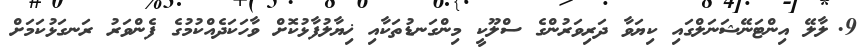
9.	ލާލޭ އިންޓަނޭޝަނަލްގައި ކިޔަވާ ދަރިވަރުންގެ ސްލޫކީ މިންގަނޑުތަކާއި ޚިޔާލުފާޅުކޮށް ވާހަކަދެއްކުމުގެ ފެންވަރު ރަނގަޅުކަމަށް